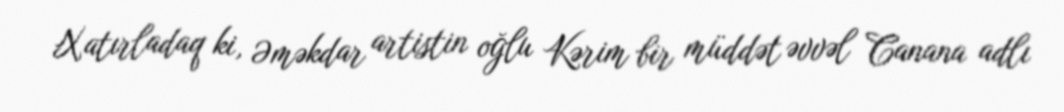
Xatırladaq ki, Əməkdar artistin oğlu Kərim bir müddət əvvəl Canana adlı